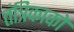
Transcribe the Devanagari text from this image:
तंत्रिकाको